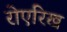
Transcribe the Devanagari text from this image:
रोएरिख